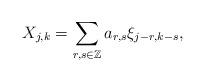
LaTeX: \begin{align*}X_{j,k}=\sum_{r, s\in \mathbb{Z}} a_{r,s}\xi_{j-r, k-s},\end{align*}